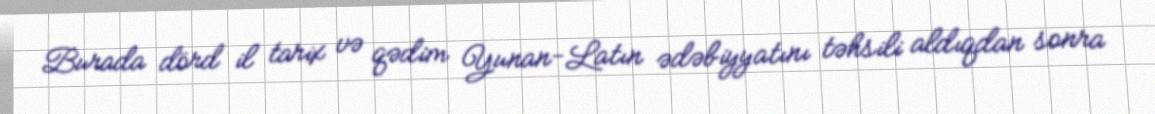
Burada dörd il tarix və qədim Yunan-Latın ədəbiyyatını təhsili aldıqdan sonra